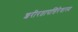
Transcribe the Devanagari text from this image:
शरीरतापत्तिरेवास्य